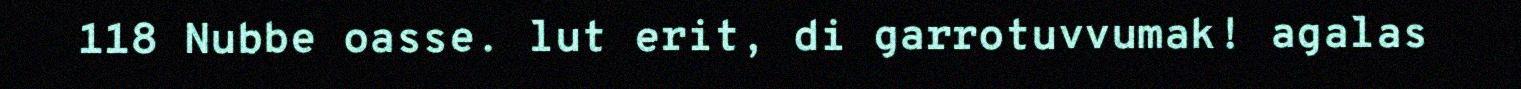
118 Nubbe oasse. lut erit, di garrotuvvumak! agalas